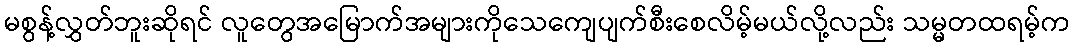
မစွန့်လွှတ်ဘူးဆိုရင် လူတွေအမြောက်အများကိုသေကျေပျက်စီးစေလိမ့်မယ်လို့လည်း သမ္မတထရမ့်က